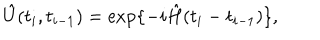
\hat { U } ( t _ { i } , t _ { i - 1 } ) = \exp \{ - i \hat { H } ( t _ { i } - t _ { i - 1 } ) \} ,